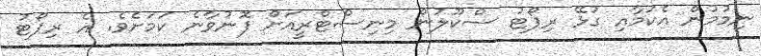
ނިމުމުން އެކަމާއި ގުޅޭ ރިޕޯޓު ސްކޫލުން މިނިސްޓްރީއަށް ފޮނުވާނެ ކަމަށެވެ. އެ ރިޕޯޓު